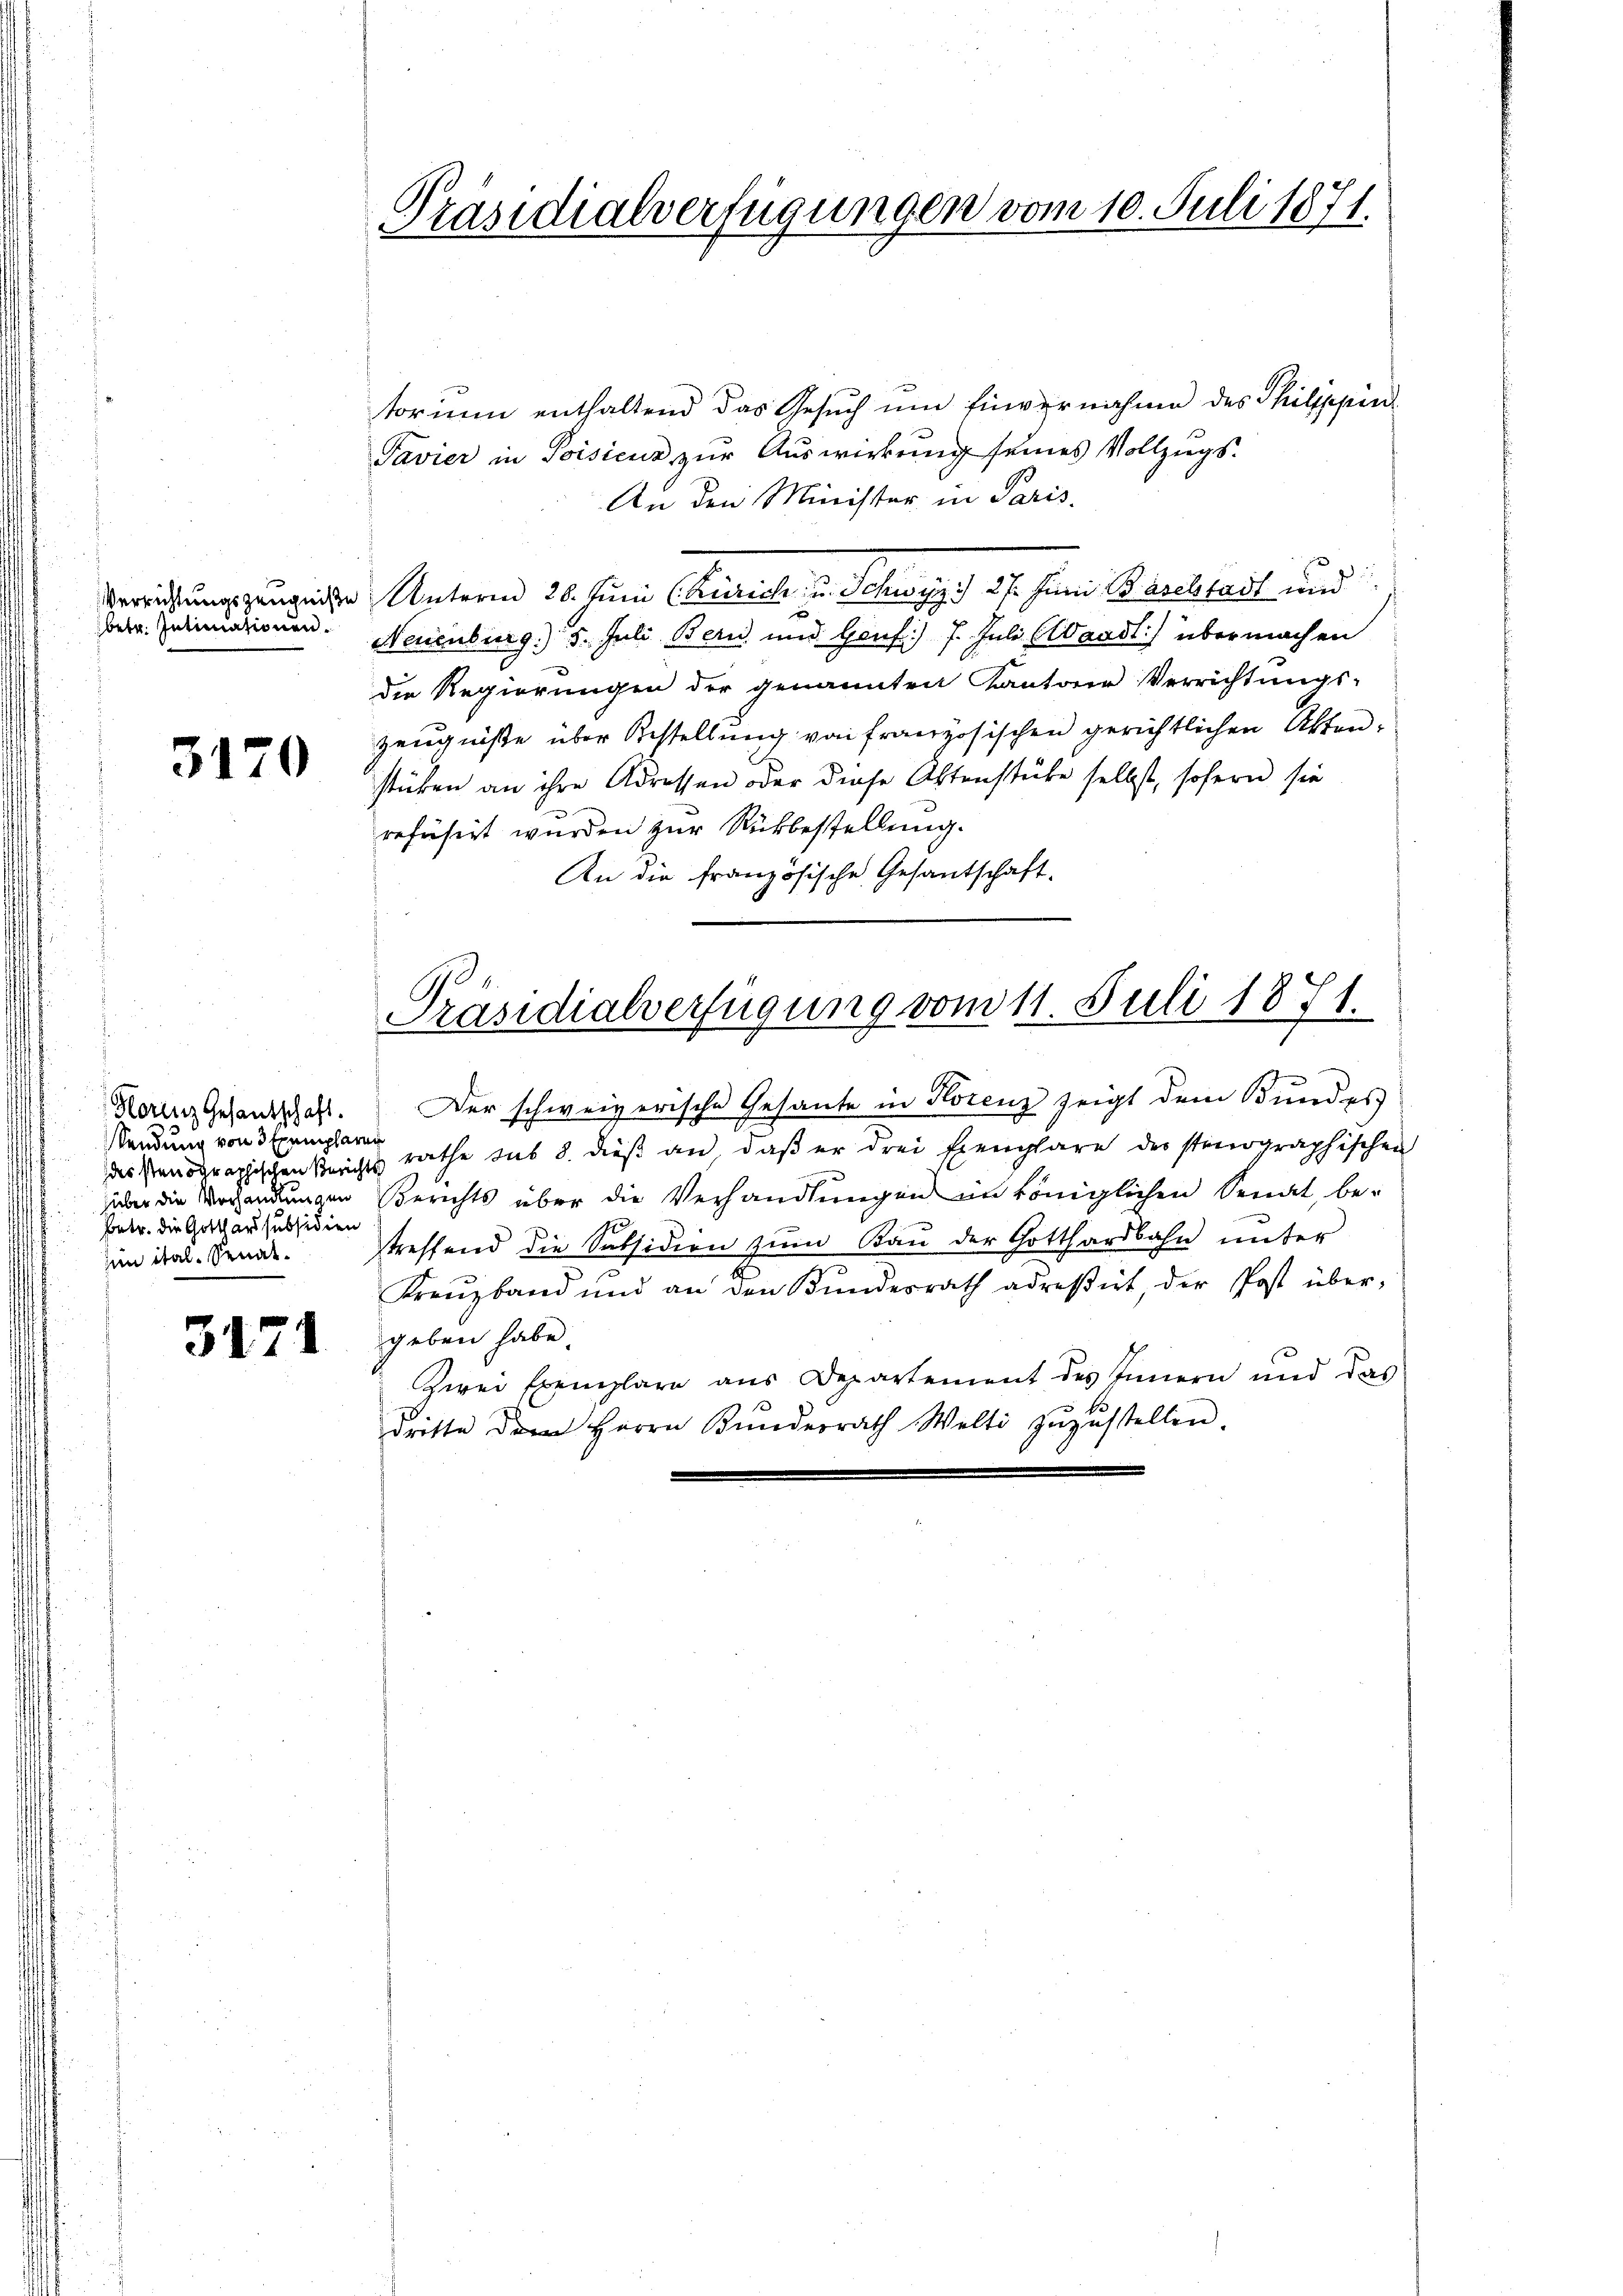
betr. Intimationen.

3170

Horiz Gesandschaft.
Sendung von 3 Exemplaren
betr. die Gotthardsubsidien
jen ital. Senat.

3471

torum enthaltend das Gesuch um Einvernahme des Philippin¬
Pavier in Poisicus zur Auswirkung seines Vollzugs-
An den Minister in Paris.
Verrichtungszeugnisse Unterm 26. Juni (Zürich, u. Schwyz) 27. Juni Baselstadt und
Neuenburg. 5. Juli Bern und Genf) 7. Juli (Waadt) übermachen
die Regierungen der genannten Kantone Verrichtungs-
Zeugniße über Bestellung von französischen gerichtlichen Aktenstücken an ihre Adressen oder diese Aktenstüke selbst, sofern sie
refüsirt wurden zur Rückbestellung.
An die französische Gesantschaft.

Präsidialverfügungen vom 10. Juli 1871.

Präsidialverfügung vom 11. Juli 1871.

Der schweizerische Gesante in Korenz zeigt dem Bundes:
des Stenographischen Berichts rathe sub 8. dieß an, daß er drei Exemplare der stenographischen
über die Vorhandlungen Berichts über die Verhandlungen im Königlichen Senat, be-
treffend die Subsidien zum Bau der Gotthardbahn unter
Kreŭzband und an den Bŭndesrath adreßirt, der Post über-
geben habe.
zwei Exemplare aus Departement des Innern und das
dritte dem Herrn Bŭndesrath Welti zŭzŭstellen.